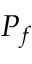
P _ { f }